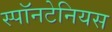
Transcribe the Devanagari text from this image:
स्पॉनटेनियस